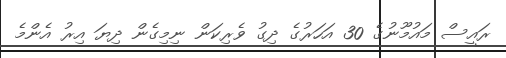
ރައީސް މައުމޫނުގެ 30 އަހަރުގެ ދިގު ވެރިކަން ނިމިގެން ދިޔަ އިރު އެންމެ